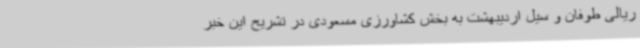
ریالی طوفان و سیل اردیبهشت به بخش کشاورزی مسعودی در تشریح این خبر